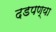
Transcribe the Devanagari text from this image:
दडपण्या